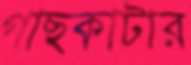
গাছকাটার